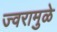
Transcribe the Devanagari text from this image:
ज्वरामुळे